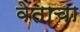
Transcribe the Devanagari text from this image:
वेताचा